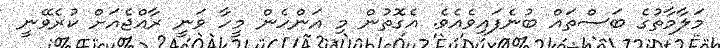
މަލާމާތުގެ ބަސްތައް ބުނެފައިވެއެވެ. އެގޮތުން މި އަންހެން މީހާ ވަނީ ރާއްޖެއަށް ކުރެވޭނީ